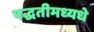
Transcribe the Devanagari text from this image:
पद्धतीमध्यधे